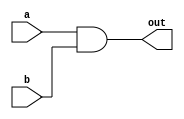
`timescale 1ns / 1ps
//////////////////////////////////////////////////////////////////////////////////
// Company: 
// Engineer: 
// 
// Design Name: 
// Module Name: myAND
// Project Name: 
// Target Devices: 
// Tool Versions: 
// Description: 
// 
// Dependencies: 
// 
// Revision:
// Revision 0.01 - File Created
// Additional Comments:
// 
//////////////////////////////////////////////////////////////////////////////////


module myAND(
    input a,
    input b,
    output out
    );
    and g1(out, a, b);
endmodule